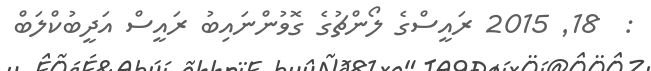
:  18